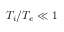
T _ { i } / T _ { e } \ll 1